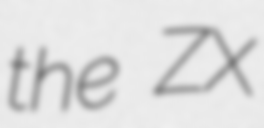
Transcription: the ZX